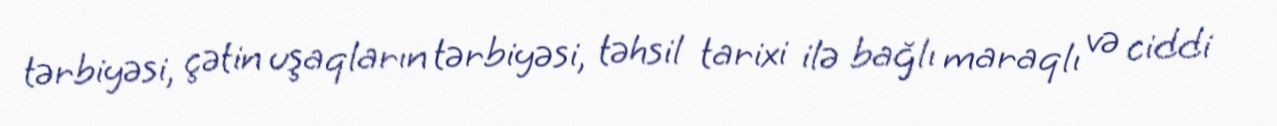
tərbiyəsi, çətin uşaqların tərbiyəsi, təhsil tarixi ilə bağlı maraqlı və ciddi